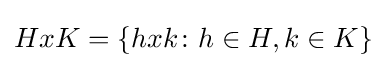
HxK=\{hxk\colon h\in H,k\in K\}